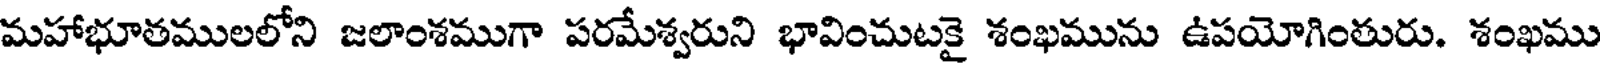
మహాభూతములలోని జలాంశముగా పరమేశ్వరుని భావించుటకై శంఖమును ఉపయోగింతురు. శంఖము